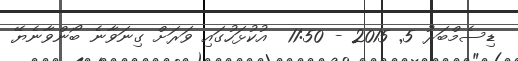
ޑިސެމްބަރު 5